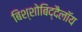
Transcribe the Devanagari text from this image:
बिश्शोबिद्दैलॉय